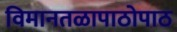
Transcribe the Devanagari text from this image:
विमानतळापाठोपाठ